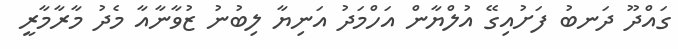
ގައްދޫ ދަނބު ފަށުއިގޭ އުލްޔާން އަހްމަދު އަނިޔާ ލިބުނު ޒުވާނާއާ މެދު މާރާމާރީ